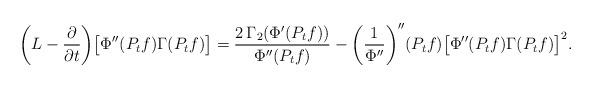
LaTeX: \begin{align*} \bigg(L-\frac{\partial}{\partial t}\bigg)\big[\Phi''(P_t f)\Gamma(P_t f)\big] =\frac{2\,\Gamma_2(\Phi'(P_t f))}{\Phi''(P_t f)}-\bigg(\frac1{\Phi''}\bigg)''(P_t f)\big[\Phi''(P_t f)\Gamma(P_t f)\big]^2. \end{align*}